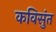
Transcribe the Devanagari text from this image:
कविसुंत